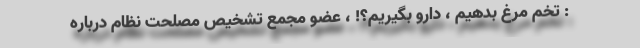
: تخم مرغ بدهیم ، دارو بگیریم؟! ، عضو مجمع تشخیص مصلحت نظام درباره